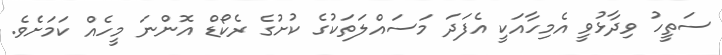
ސަތީހު ވިދާޅުވީ އެމިހާއަކީ އެފަދަ މަސައްލަތަކުގެ ކުށުގެ ރެކޯޑް އޮންނަ މީހެއް ކަމަށެވެ.